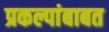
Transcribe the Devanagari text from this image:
प्रकल्पांबाबत